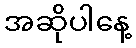
အဆိုပါနေ့